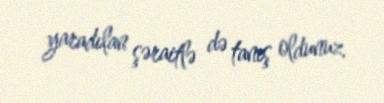
yaradılan şəraitlə də tanış oldunuz.